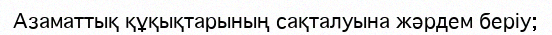
Азаматтық құқықтарының сақталуына жәрдем беріу;